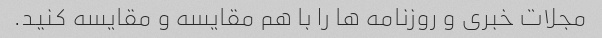
مجلات خبری و روزنامه ها را با هم مقایسه و مقایسه کنید.